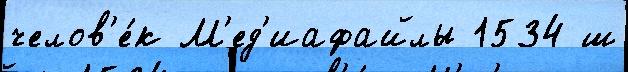
челов'е́к М'ед'иафайлы 1534 ш